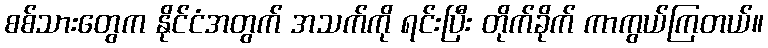
စစ်သားတွေက နိုင်ငံအတွက် အသက်ကို ရင်းပြီး တိုက်ခိုက် ကာကွယ်ကြတယ်။